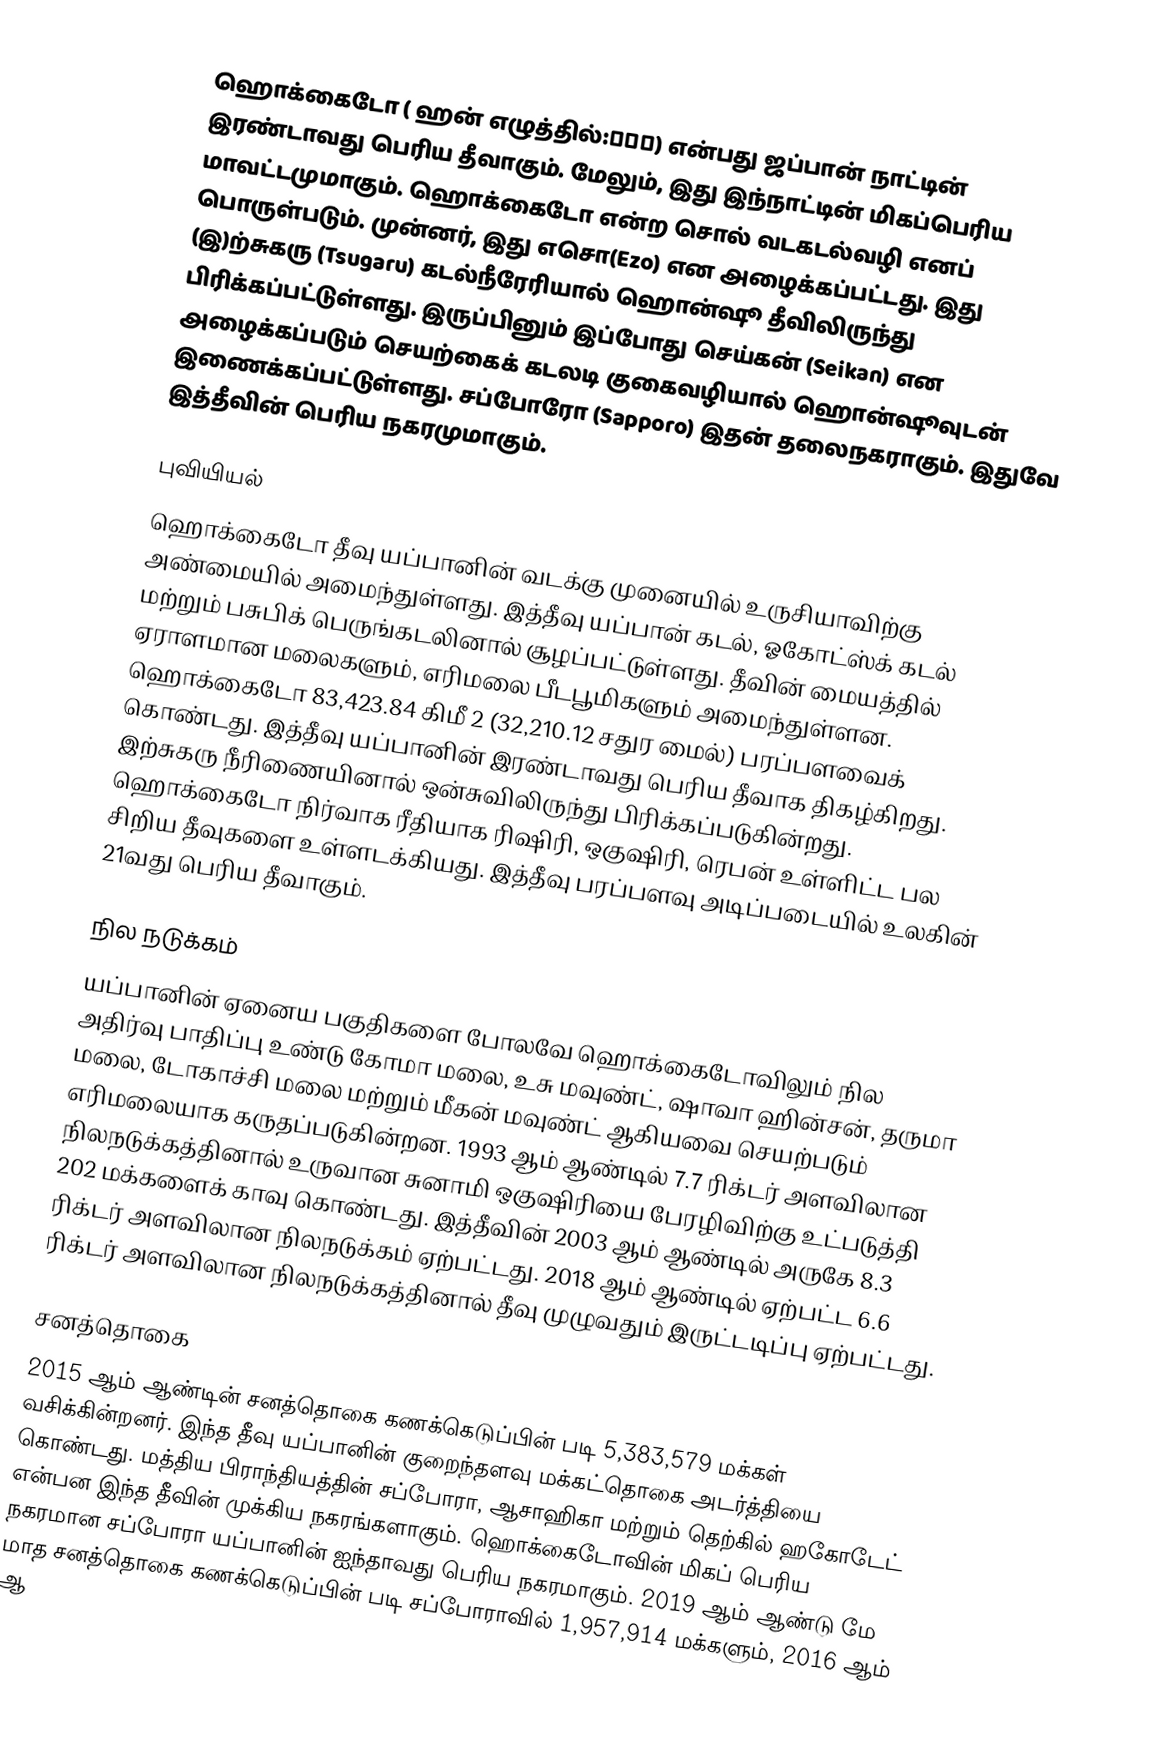
ஹொக்கைடோ ( ஹன் எழுத்தில்:北海道) என்பது ஜப்பான் நாட்டின் இரண்டாவது பெரிய தீவாகும். மேலும், இது இந்நாட்டின் மிகப்பெரிய மாவட்டமுமாகும். ஹொக்கைடோ என்ற சொல் வடகடல்வழி எனப் பொருள்படும். முன்னர், இது எசொ(Ezo) என அழைக்கப்பட்டது. இது  (இ)ற்சுகரு (Tsugaru) கடல்நீரேரியால் ஹொன்ஷூ தீவிலிருந்து பிரிக்கப்பட்டுள்ளது. இருப்பினும் இப்போது செய்கன் (Seikan) என அழைக்கப்படும் செயற்கைக் கடலடி குகைவழியால் ஹொன்ஷூவுடன் இணைக்கப்பட்டுள்ளது. சப்போரோ (Sapporo) இதன் தலைநகராகும். இதுவே இத்தீவின் பெரிய நகரமுமாகும்.

புவியியல்
ஹொக்கைடோ தீவு யப்பானின் வடக்கு முனையில் உருசியாவிற்கு அண்மையில் அமைந்துள்ளது. இத்தீவு யப்பான் கடல், ஓகோட்ஸ்க் கடல் மற்றும் பசுபிக் பெருங்கடலினால் சூழப்பட்டுள்ளது. தீவின் மையத்தில் ஏராளமான மலைகளும், எரிமலை பீடபூமிகளும் அமைந்துள்ளன. ஹொக்கைடோ 83,423.84 கிமீ 2 (32,210.12 சதுர மைல்) பரப்பளவைக் கொண்டது. இத்தீவு யப்பானின் இரண்டாவது பெரிய தீவாக திகழ்கிறது. இற்சுகரு நீரிணையினால் ஒன்சுவிலிருந்து பிரிக்கப்படுகின்றது. ஹொக்கைடோ நிர்வாக ரீதியாக ரிஷிரி, ஒகுஷிரி, ரெபன் உள்ளிட்ட பல சிறிய தீவுகளை உள்ளடக்கியது. இத்தீவு பரப்பளவு அடிப்படையில் உலகின் 21வது பெரிய தீவாகும்.

நில நடுக்கம்
யப்பானின் ஏனைய பகுதிகளை போலவே ஹொக்கைடோவிலும் நில அதிர்வு பாதிப்பு உண்டு கோமா மலை, உசு மவுண்ட், ஷாவா ஹின்சன், தருமா மலை, டோகாச்சி மலை மற்றும் மீகன் மவுண்ட் ஆகியவை செயற்படும் எரிமலையாக கருதப்படுகின்றன. 1993 ஆம் ஆண்டில் 7.7 ரிக்டர் அளவிலான நிலநடுக்கத்தினால் உருவான சுனாமி ஒகுஷிரியை பேரழிவிற்கு உட்படுத்தி 202 மக்களைக் காவு கொண்டது. இத்தீவின் 2003 ஆம் ஆண்டில் அருகே 8.3 ரிக்டர் அளவிலான நிலநடுக்கம் ஏற்பட்டது. 2018 ஆம் ஆண்டில் ஏற்பட்ட 6.6 ரிக்டர் அளவிலான நிலநடுக்கத்தினால் தீவு முழுவதும் இருட்டடிப்பு ஏற்பட்டது.

சனத்தொகை
2015 ஆம் ஆண்டின் சனத்தொகை கணக்கெடுப்பின் படி 5,383,579 மக்கள் வசிக்கின்றனர். இந்த தீவு யப்பானின் குறைந்தளவு மக்கட்தொகை அடர்த்தியை கொண்டது. மத்திய பிராந்தியத்தின் சப்போரா, ஆசாஹிகா மற்றும் தெற்கில் ஹகோடேட் என்பன இந்த தீவின் முக்கிய நகரங்களாகும். ஹொக்கைடோவின் மிகப் பெரிய நகரமான சப்போரா யப்பானின் ஐந்தாவது பெரிய நகரமாகும். 2019 ஆம் ஆண்டு மே மாத சனத்தொகை கணக்கெடுப்பின் படி சப்போராவில் 1,957,914 மக்களும், 2016 ஆம் ஆ